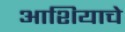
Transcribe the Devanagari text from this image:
आशियाचे